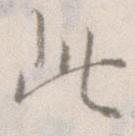
此